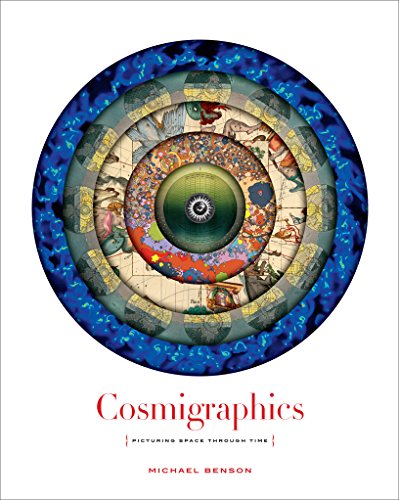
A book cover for Cosmigraphics; Michael Benson; Arts & Photography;